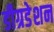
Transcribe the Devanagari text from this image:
डीग्रडेशन